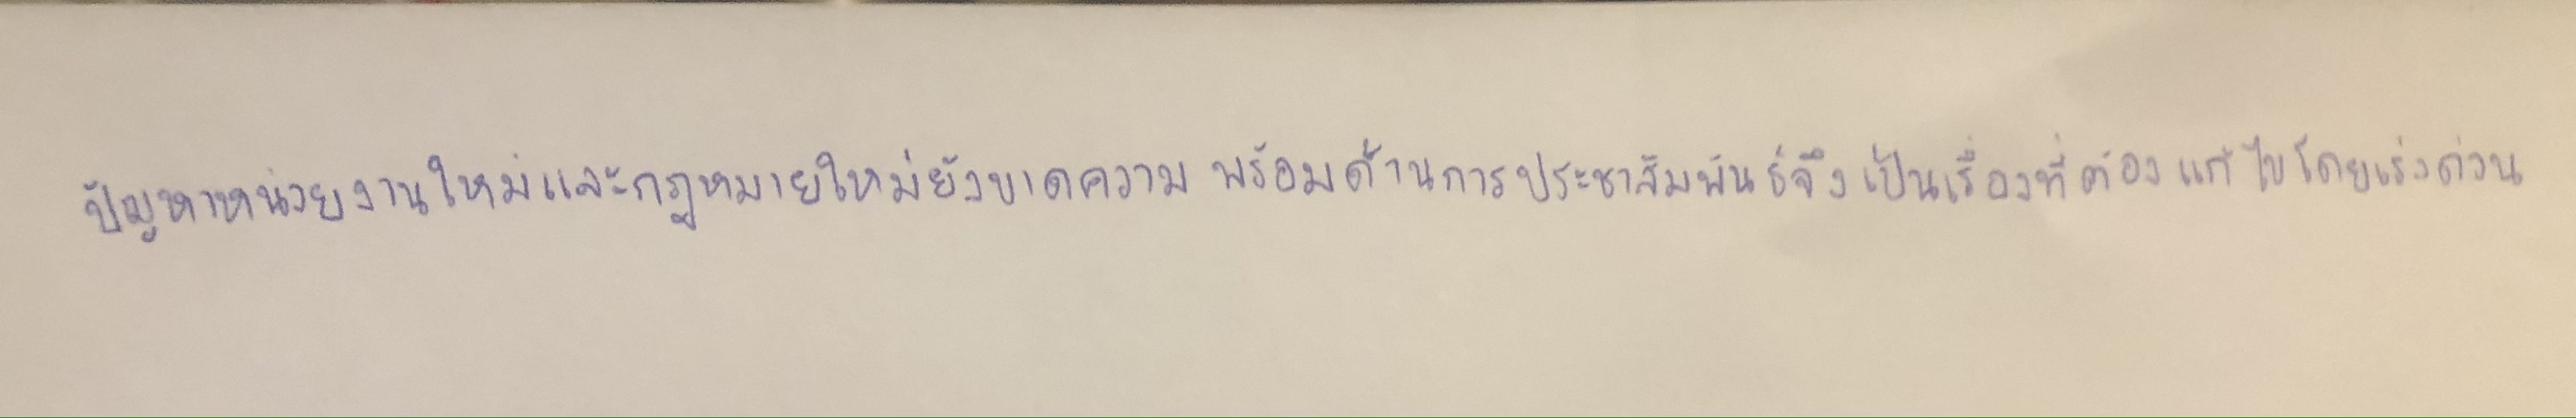
ปัญหาหน่วยงานใหม่และกฎหมายใหม่ยังขาดความพร้อมด้านการประชาสัมพันธ์จึงเป็นเรื่องที่ต้องแก้ไขโดยเร่งด่วน